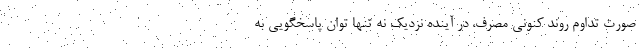
صورت تداوم روند کنونی مصرف، در آینده نزدیک نه تنها توان پاسخگویی به